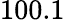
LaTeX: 100.1